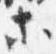
等